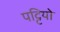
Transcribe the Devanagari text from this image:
पट्टियो